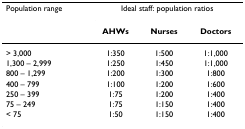
<table><thead><tr><td><b>Population range</b></td><td colspan="3"><b>Ideal staff: population ratios</b></td></tr><tr><td></td><td><b>AHWs</b></td><td><b>Nurses</b></td><td><b>Doctors</b></td></tr></thead><tbody><tr><td>&gt; 3,000</td><td>1:350</td><td>1:500</td><td>1:1,000</td></tr><tr><td>1,300 – 2,999</td><td>1:250</td><td>1:450</td><td>1:1,000</td></tr><tr><td>800 – 1,299</td><td>1:200</td><td>1:300</td><td>1:800</td></tr><tr><td>400 – 799</td><td>1:100</td><td>1:200</td><td>1:600</td></tr><tr><td>250 – 399</td><td>1:75</td><td>1:200</td><td>1:400</td></tr><tr><td>75 – 249</td><td>1:75</td><td>1:150</td><td>1:400</td></tr><tr><td>&lt; 75</td><td>1:50</td><td>1:150</td><td>1:400</td></tr></tbody></table>